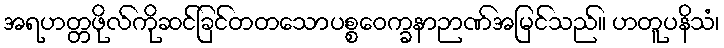
အရဟတ္တဖိုလ်ကိုဆင်ခြင်တတသောပစ္စဝေက္ခနာဉာဏ်အမြင်သည်။ ဟတူပနိသံ၊